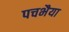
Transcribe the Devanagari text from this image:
पचभैया